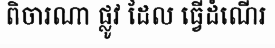
ពិចារណា ផ្លូវ ដែល ធ្វើដំណើរ